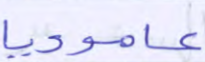
عاموديا